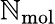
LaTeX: \mathbb{N}_{\mathrm{{mol}}}